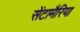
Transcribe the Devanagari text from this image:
सेंटामैरिया